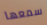
سمعها